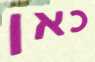
כאן